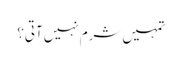
تمہیں شرم نہیں آتی؟